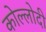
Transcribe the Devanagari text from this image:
कोल्लोदी